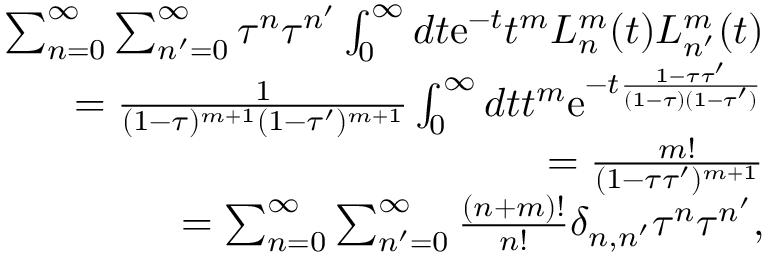
\begin{array} { r l r } & { } & { \sum _ { n = 0 } ^ { \infty } \sum _ { n ^ { \prime } = 0 } ^ { \infty } \tau ^ { n } \tau ^ { n ^ { \prime } } \int _ { 0 } ^ { \infty } d t \mathrm { e } ^ { - t } t ^ { m } L _ { n } ^ { m } ( t ) L _ { n ^ { \prime } } ^ { m } ( t ) } \\ & { } & { = \frac { 1 } { ( 1 - \tau ) ^ { m + 1 } ( 1 - \tau ^ { \prime } ) ^ { m + 1 } } \int _ { 0 } ^ { \infty } d t t ^ { m } \mathrm { e } ^ { - t \frac { 1 - \tau \tau ^ { \prime } } { ( 1 - \tau ) ( 1 - \tau ^ { \prime } ) } } } \\ & { } & { = \frac { m ! } { ( 1 - \tau \tau ^ { \prime } ) ^ { m + 1 } } } \\ & { } & { = \sum _ { n = 0 } ^ { \infty } \sum _ { n ^ { \prime } = 0 } ^ { \infty } \frac { ( n + m ) ! } { n ! } \delta _ { n , n ^ { \prime } } \tau ^ { n } \tau ^ { n ^ { \prime } } , } \end{array}